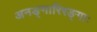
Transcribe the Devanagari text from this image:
अनङ्गारिरङ्गाः